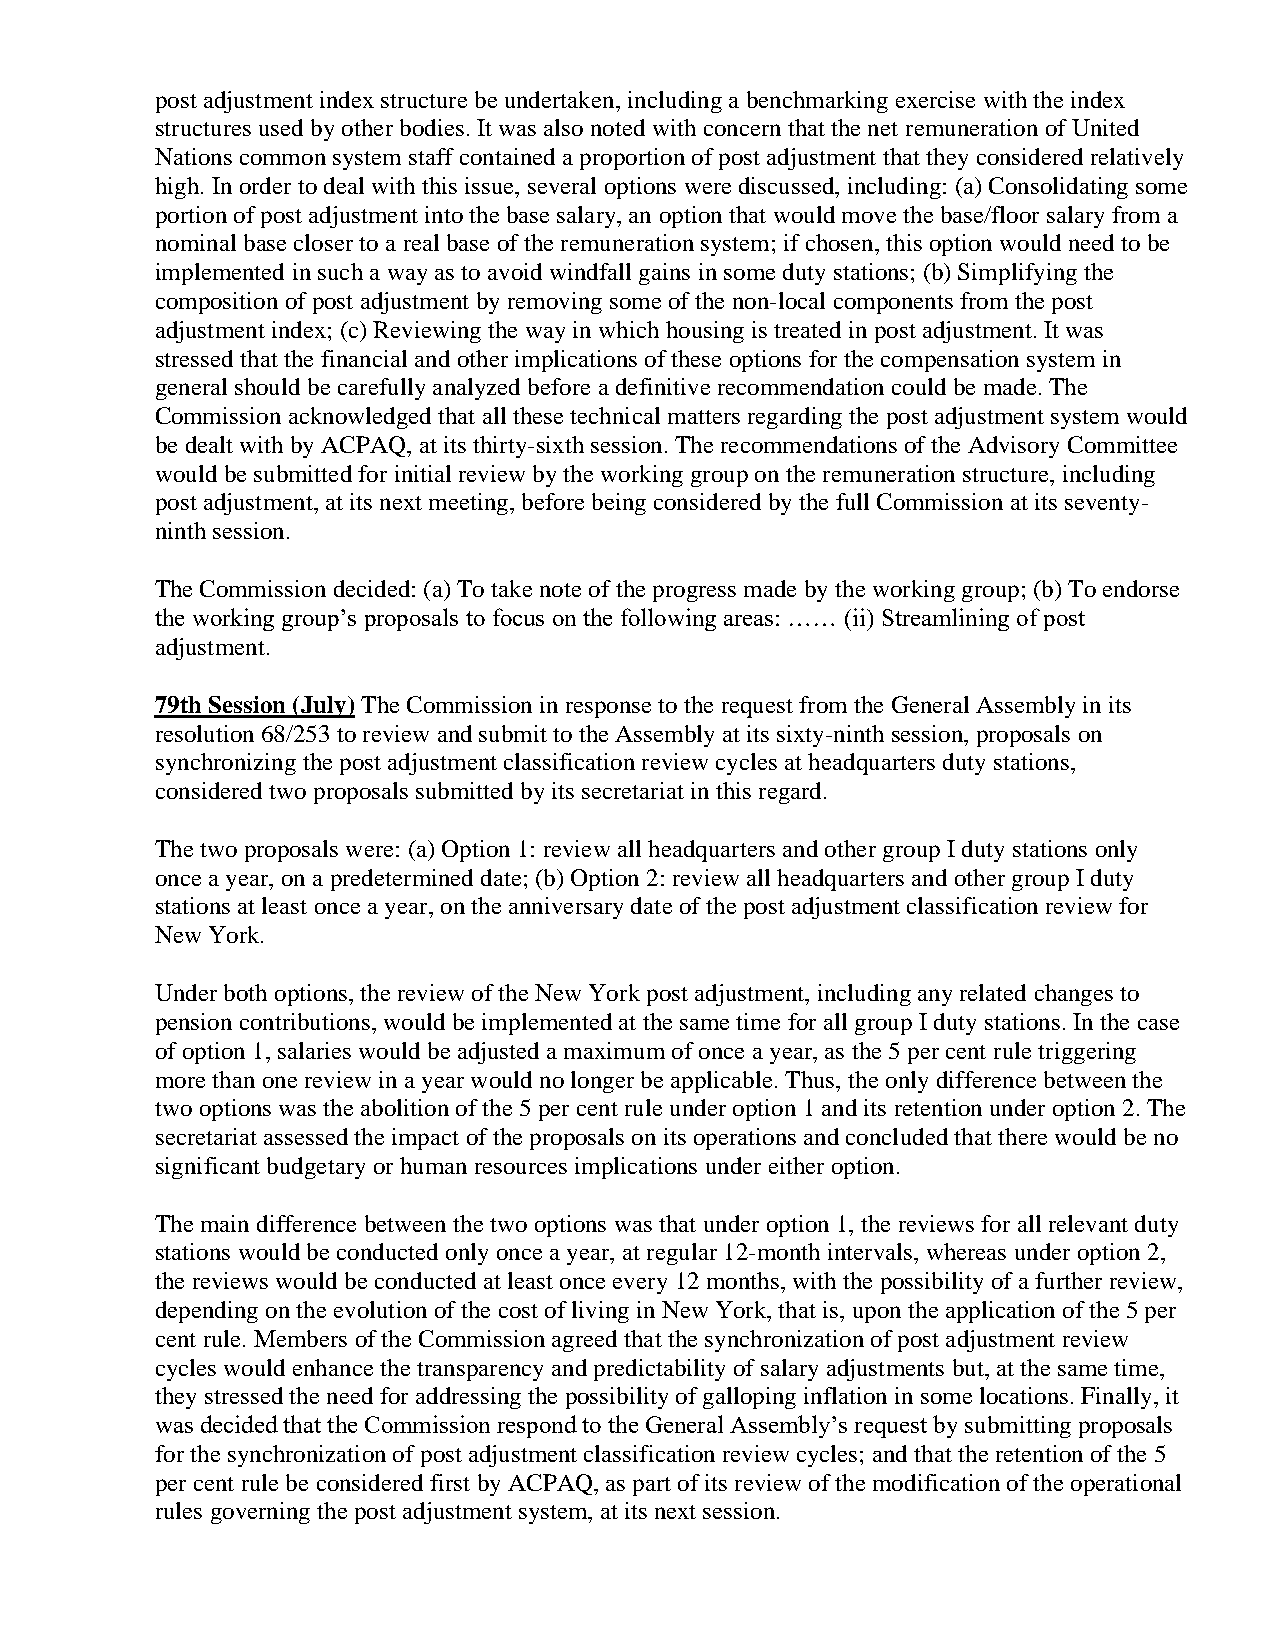
post adjustment index structure be undertaken, including a benchmarking exercise with the index
 structures used by other bodies. It was also noted with concern that the net remuneration of United
 Nations common system staff contained a proportion of post adjustment that they considered relatively
 high. In order to deal with this issue, several options were discussed, including: (a) Consolidating some
 portion of post adjustment into the base salary, an option that would move the base/floor salary from a
 nominal base closer to a real base of the remuneration system; if chosen, this option would need to be
 implemented in such a way as to avoid windfall gains in some duty stations; (b) Simplifying the
 composition of post adjustment by removing some of the non-local components from the post
 adjustment index; (c) Reviewing the way in which housing is treated in post adjustment. It was
 stressed that the financial and other implications of these options for the compensation system in
 general should be carefully analyzed before a definitive recommendation could be made. The
 Commission acknowledged that all these technical matters regarding the post adjustment system would
 be dealt with by ACPAQ, at its thirty-sixth session. The recommendations of the Advisory Committee
 would be submitted for initial review by the working group on the remuneration structure, including
 post adjustment, at its next meeting, before being considered by the full Commission at its seventy-
 ninth session.
 The Commission decided: (a) To take note of the progress made by the working group; (b) To endorse
 the working group’s proposals to focus on the following areas: …… (ii) Streamlining of post
 adjustment.
 79th Session (July) The Commission in response to the request from the General Assembly in its
 resolution 68/253 to review and submit to the Assembly at its sixty-ninth session, proposals on
 synchronizing the post adjustment classification review cycles at headquarters duty stations,
 considered two proposals submitted by its secretariat in this regard.
 The two proposals were: (a) Option 1: review all headquarters and other group I duty stations only
 once a year, on a predetermined date; (b) Option 2: review all headquarters and other group I duty
 stations at least once a year, on the anniversary date of the post adjustment classification review for
 New York.
 Under both options, the review of the New York post adjustment, including any related changes to
 pension contributions, would be implemented at the same time for all group I duty stations. In the case
 of option 1, salaries would be adjusted a maximum of once a year, as the 5 per cent rule triggering
 more than one review in a year would no longer be applicable. Thus, the only difference between the
 two options was the abolition of the 5 per cent rule under option 1 and its retention under option 2. The
 secretariat assessed the impact of the proposals on its operations and concluded that there would be no
 significant budgetary or human resources implications under either option.
 The main difference between the two options was that under option 1, the reviews for all relevant duty
 stations would be conducted only once a year, at regular 12-month intervals, whereas under option 2,
 the reviews would be conducted at least once every 12 months, with the possibility of a further review,
 depending on the evolution of the cost of living in New York, that is, upon the application of the 5 per
 cent rule. Members of the Commission agreed that the synchronization of post adjustment review
 cycles would enhance the transparency and predictability of salary adjustments but, at the same time,
 they stressed the need for addressing the possibility of galloping inflation in some locations. Finally, it
 was decided that the Commission respond to the General Assembly’s request by submitting proposals
 for the synchronization of post adjustment classification review cycles; and that the retention of the 5
 per cent rule be considered first by ACPAQ, as part of its review of the modification of the operational
 rules governing the post adjustment system, at its next session.